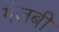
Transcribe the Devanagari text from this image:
गंजबी